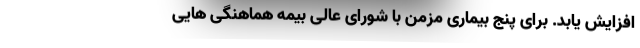
افزایش یابد. برای پنج بیماری مزمن با شورای عالی بیمه هماهنگی هایی